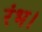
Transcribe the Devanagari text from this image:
रंभ।